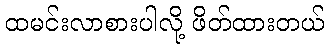
ထမင်းလာစားပါလို့ ဖိတ်ထားတယ်